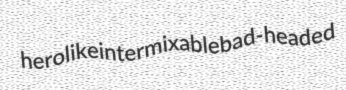
herolike intermixable bad-headed